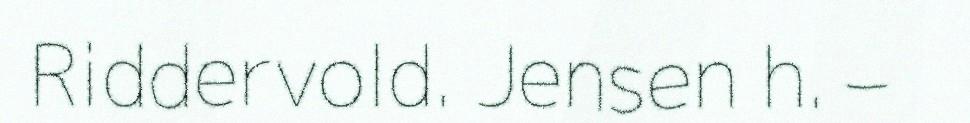
Riddervold. Jensen h. –